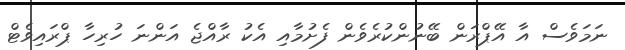
ނަމަވެސް އާ އޭޕްރަން ބޭނުންކުރެވެން ފެށުމާއި އެކު ރާއްޖެ އަންނަ ހުރިހާ ޕްރައިވެޓް